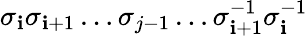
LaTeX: \sigma_{\mathbf{i}}\sigma_{\mathbf{i}+1}\dots\sigma_{j-1}\dots\sigma_{\mathbf{i}+1}^{-1}\sigma_{\mathbf{i}}^{-1}